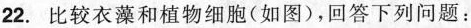
22. 比较衣藻和植物细胞(如图)，回答下列问题：